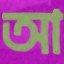
আ